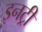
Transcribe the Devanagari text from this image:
इनट्री